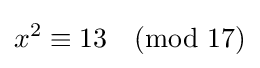
x^{2}\equiv 13{\pmod {17}}